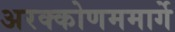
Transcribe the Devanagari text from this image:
अरक्कोणममार्गे